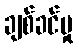
ချစ်ခင်မှု